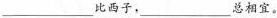
___比西子，___总相宜。